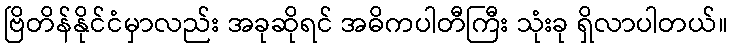
ဗြိတိန်နိုင်ငံမှာလည်း အခုဆိုရင် အဓိကပါတီကြီး သုံးခု ရှိလာပါတယ်။